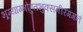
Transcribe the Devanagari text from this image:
भूम्याम्भोहुतभुक्समीरगगनं